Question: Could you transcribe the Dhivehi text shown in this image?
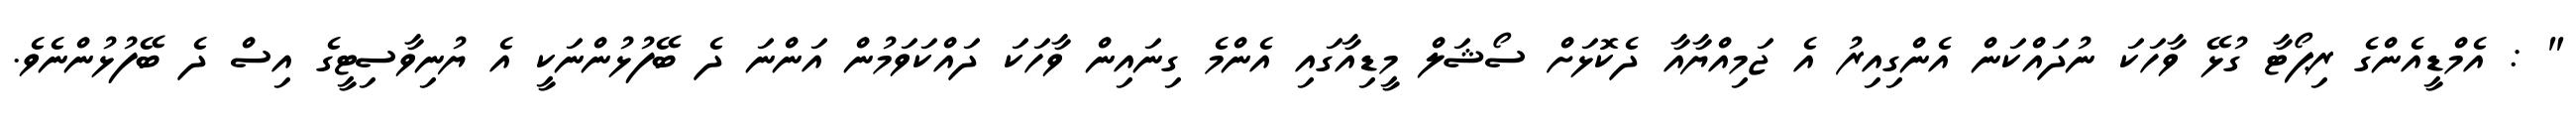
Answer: " : އެމްޑީއެންގެ ރިޕޯޓާ ގުޅޭ ވާހަކަ ނުދައްކަން އެންގިއިރު އެ ޖަމިއްޔާއާ ދެކޮޅަށް ސޯޝަލް މީޑިއާގައި އެންމެ ގިނައިން ވާހަކަ ދައްކަވަމުން އަންނަ ދެ ބޭފުޅުންނަކީ އެ ޔުނިވާސިޓީގެ އިސް ދެ ބޭފުޅުންނެވެ.